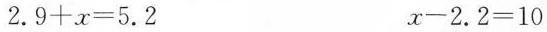
$$2 . 9 + x = 5 . 2$$ $$x - 2 . 2 = 1 0$$